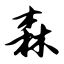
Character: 森